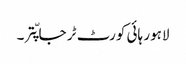
لاہور ہائی کورٹ ٹر جا پّتر ۔